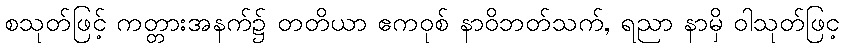
စသုတ်ဖြင့် ကတ္တားအနက်၌ တတိယာ ဧကဝုစ် နာဝိဘတ်သက်, ရညာ နာမှိ ဝါသုတ်ဖြင့